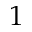
1